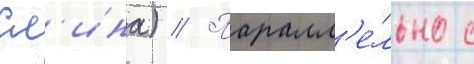
Сл'ина) // Паралл'е́льно с